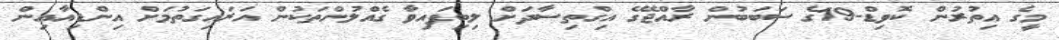
މީގެ އިތުރުން ކޮވިޑް-19ގެ ސަބަބުން ރާއްޖޭގެ އިގްތިސާދަށް ލިބިފައިވާ ގެއްލުންތަކުން އަރައިގަތުމަށް އިންޑިއާއިން